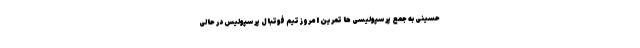
حسینی به جمع پرسپولیسی ها تمرین امروز تیم فوتبال پرسپولیس در حالی